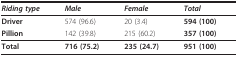
<table><thead><tr><td><b><i>Riding type</i></b></td><td><b><i>Male</i></b></td><td><b><i>Female</i></b></td><td><b><i>Total</i></b></td></tr></thead><tbody><tr><td><b>Driver</b></td><td>574 (96.6)</td><td>20 (3.4)</td><td><b>594 (100)</b></td></tr><tr><td><b>Pillion</b></td><td>142 (39.8)</td><td>215 (60.2)</td><td><b>357 (100)</b></td></tr><tr><td><b>Total</b></td><td><b>716 (75.2)</b></td><td><b>235 (24.7)</b></td><td><b>951 (100)</b></td></tr></tbody></table>